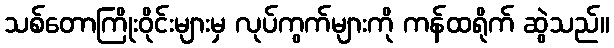
သစ်တောကြိုးဝိုင်းများမှ လုပ်ကွက်များကို ကန်ထရိုက် ဆွဲသည်။